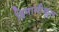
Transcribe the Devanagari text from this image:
हिमानीकृत